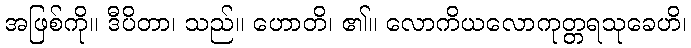
အဖြစ်ကို။ ဒီပိတာ၊ သည်။ ဟောတိ၊ ၏။ လောကိယလောကုတ္တရသုခေဟိ၊